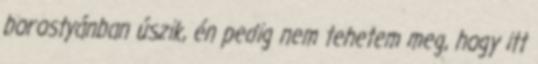
borostyánban úszik, én pedig nem tehetem meg, hogy itt